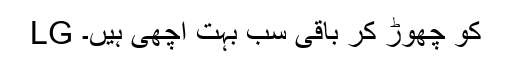
LG کو چھوڑ کر باقی سب بہت اچھی ہیں۔